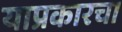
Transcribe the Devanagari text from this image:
याप्रकारचा